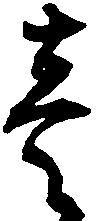
壱